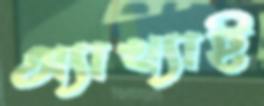
অ্যাখ্যাই